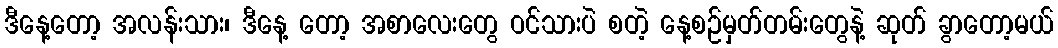
ဒီနေ့တော့ အလန်းသား၊ ဒီနေ့ တော့ အစာလေးတွေ ဝင်သားပဲ စတဲ့ နေ့စဉ်မှတ်တမ်းတွေနဲ့ ဆုတ် ခွာတော့မယ်